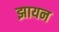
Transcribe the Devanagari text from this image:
झायन